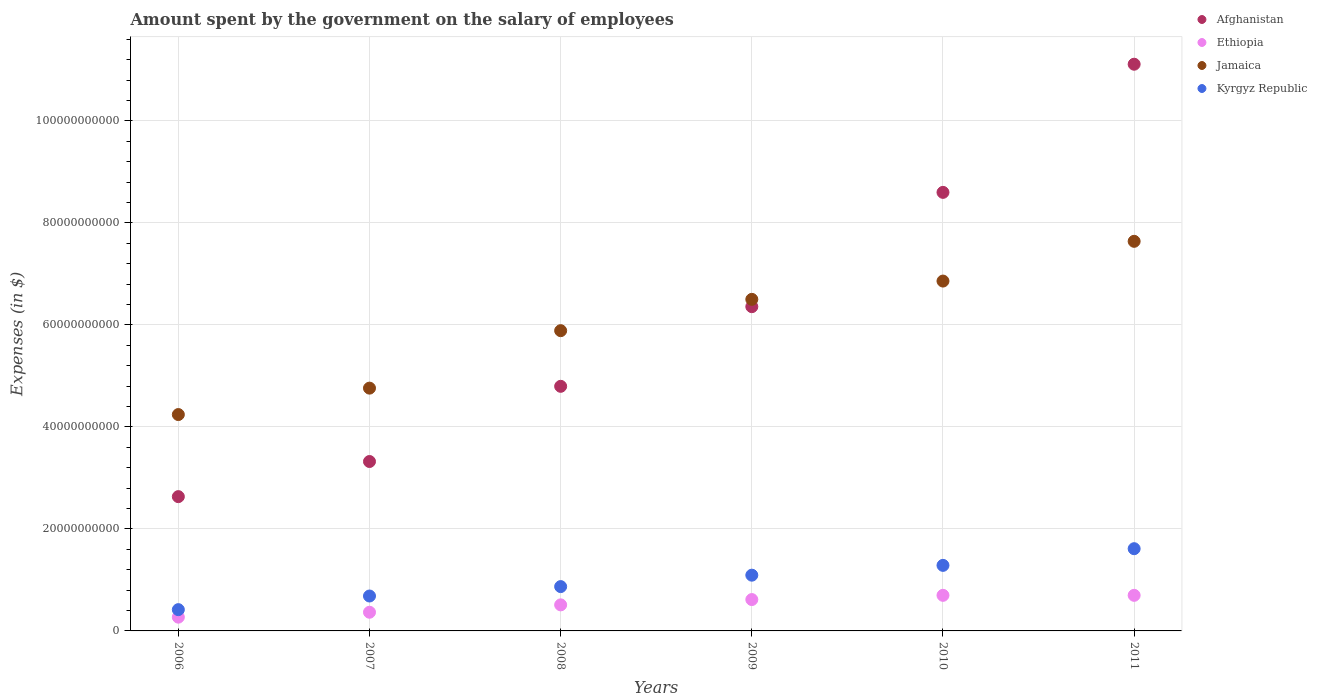
| Years | Afghanistan | Ethiopia | Jamaica | Kyrgyz Republic |
 | --- | --- | --- | --- | --- |
 | 2006 | 2.63e+10 | 2.7e+09 | 4.24e+10 | 4.17e+09 |
 | 2007 | 3.32e+10 | 3.66e+09 | 4.76e+10 | 6.85e+09 |
 | 2008 | 4.8e+10 | 5.11e+09 | 5.89e+10 | 8.69e+09 |
 | 2009 | 6.36e+10 | 6.15e+09 | 6.5e+10 | 1.09e+10 |
 | 2010 | 8.6e+10 | 6.98e+09 | 6.86e+10 | 1.29e+10 |
 | 2011 | 1.11e+11 | 6.98e+09 | 7.64e+10 | 1.61e+10 |